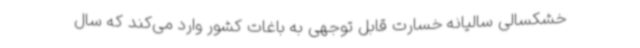
خشکسالی سالیانه خسارت قابل توجهی به باغات کشور وارد می‌کند که سال